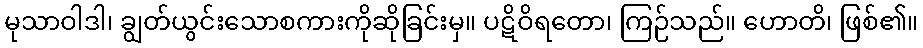
မုသာဝါဒါ၊ ချွတ်ယွင်းသောစကားကိုဆိုခြင်းမှ။ ပဋိဝိရတော၊ ကြဉ်သည်။ ဟောတိ၊ ဖြစ်၏။